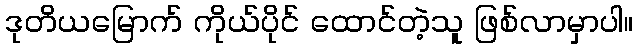
ဒုတိယမြောက် ကိုယ်ပိုင် ထောင်တဲ့သူ ဖြစ်လာမှာပါ။